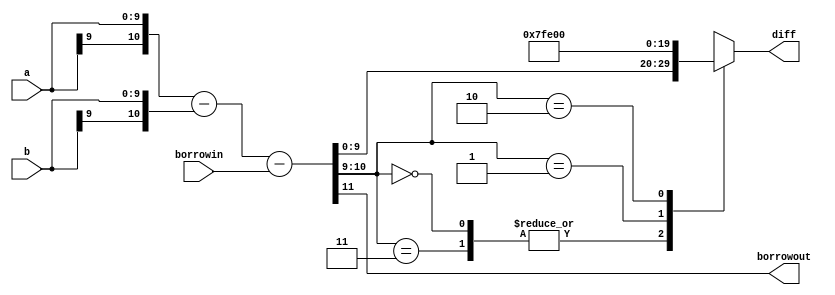
`timescale 1ns / 1ps
//////////////////////////////////////////////////////////////////////////////////
// Company: 
// Engineer: 
// 
// Design Name: 
// Module Name: subtractorW
// Project Name: 
// Target Devices: 
// Tool Versions: 
// Description: 
// 
// Dependencies: 
// 
// Revision:
// Revision 0.01 - File Created
// Additional Comments:
// inputs a, b and output diff are made W+1 bit
// for correct calculation
//////////////////////////////////////////////////////////////////////////////////


module subtractorW(borrowout, diff, a, b, borrowin);
parameter W=10;
output borrowout;
output reg[W-1:0] diff;
input [W-1:0] a, b;
input borrowin;

wire [W:0] x,y, diff_inter;
assign x = {a[W-1],a};
assign y = {b[W-1],b};

assign {borrowout,diff_inter} = x-y-borrowin;

always@(diff_inter)
begin
  case(diff_inter[W:W-1])
    2'b00, 2'b11: diff = diff_inter[W-1:0];
    2'b01: diff = {1'b0,{(W-1){1'b1}}};
    2'b10: diff = {1'b1,{(W-1){1'b0}}};
  endcase
end

endmodule